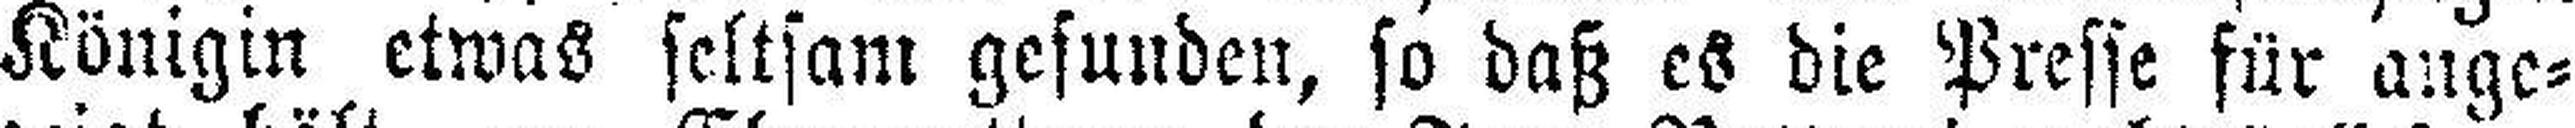
Königin etwas seltsam gesunden, so daß es die Presse für ange¬